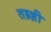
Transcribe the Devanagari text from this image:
तब्र्ज़ी